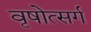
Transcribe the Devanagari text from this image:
वृषोत्सर्ग